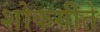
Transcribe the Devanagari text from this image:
शोकगीते